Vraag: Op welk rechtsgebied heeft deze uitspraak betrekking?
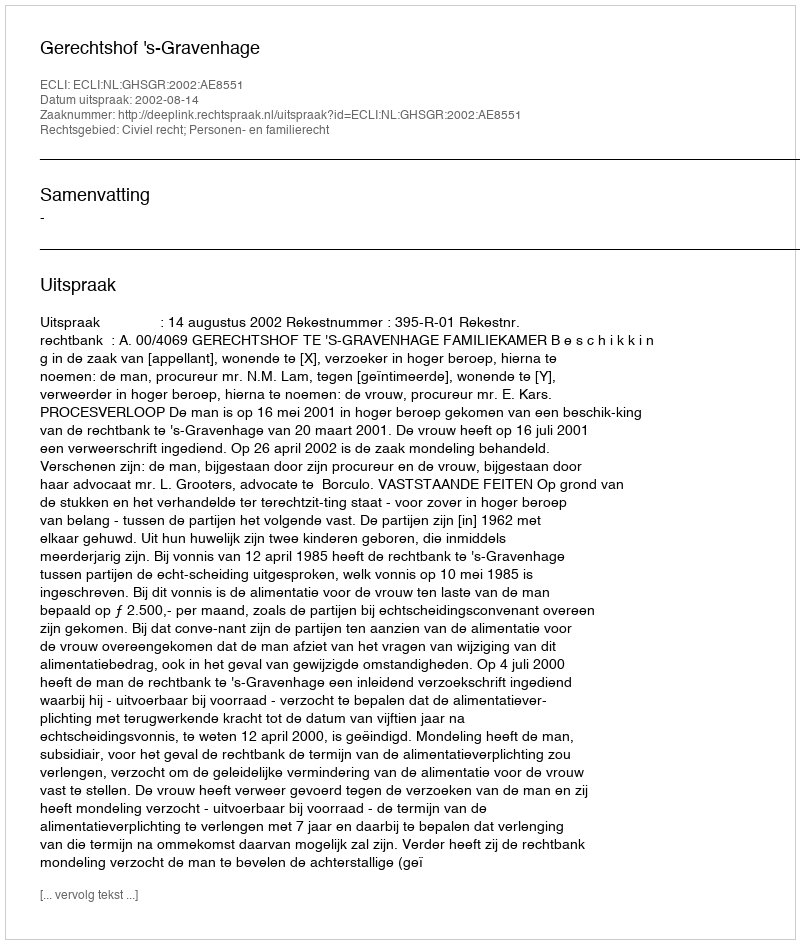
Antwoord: Civiel recht; Personen- en familierecht